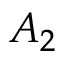
A _ { 2 }